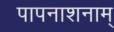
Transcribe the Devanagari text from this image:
पापनाशनाम्